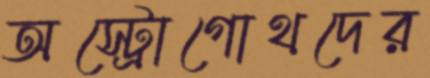
অস্ট্রোগোথদের